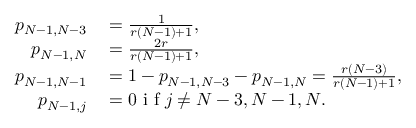
\begin{array} { r l } { p _ { N - 1 , N - 3 } } & { { } = \frac { 1 } { r ( N - 1 ) + 1 } , } \\ { p _ { N - 1 , N } } & { { } = \frac { 2 r } { r ( N - 1 ) + 1 } , } \\ { p _ { N - 1 , N - 1 } } & { { } = 1 - p _ { N - 1 , N - 3 } - p _ { N - 1 , N } = \frac { r ( N - 3 ) } { r ( N - 1 ) + 1 } , } \\ { p _ { N - 1 , j } } & { { } = 0 \mathrm { ~ i ~ f ~ } j \neq N - 3 , N - 1 , N . } \end{array}